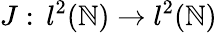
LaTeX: J:\, l^{2}(\mathbb{N})\to l^{2}(\mathbb{N})